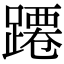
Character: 蹮